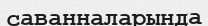
саванналарында